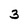
Character: 3